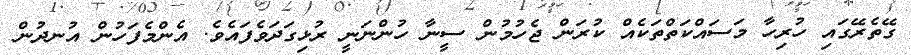
ގޭތެރޭގައި ހުރިހާ މަސައްކަތްތަކެއް ކުރަން ޖެހުމުން ސީނާ ހުންނަނީ ރުޅިގަދަވެފައެވެ. އެންމެފަހުން އުނދުން